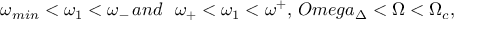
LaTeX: \omega _ { m i n } < \omega _ { 1 } < \omega _ { - } \, a n d \ \ \omega _ { + } < \omega _ { 1 } < \omega ^ { + } , \, O m e g a _ { \Delta } < \Omega < \Omega _ { c } ,